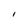
Character: I